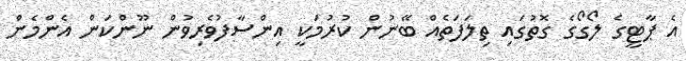
އެ ޕާޓީގެ ލޯގޯގެ ގޮތުގައި ތިލަފަތެއް ބޭނުން ކުރުމަކީ އިންސާފުވެރިވުން ނޫންކަން އެންމެން